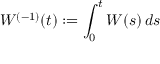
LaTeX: W ^ { ( - 1 ) } ( t ) : = \int _ { 0 } ^ { t } W ( s ) \, d s